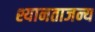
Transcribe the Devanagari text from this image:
श्यानताजन्य